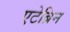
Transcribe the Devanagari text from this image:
एटेब्रिन